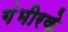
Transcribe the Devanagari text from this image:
गंभीरके